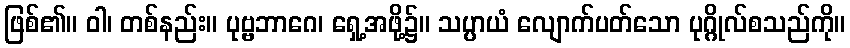
ဖြစ်၏။ ဝါ၊ တစ်နည်း။ ပုဗ္ဗဘာဂေ၊ ရှေ့အဖို့၌။ သပ္ပာယံ လျောက်ပတ်သော ပုဂ္ဂိုလ်စသည်ကို။